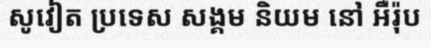
សូវៀត ប្រទេស សង្គម និយម នៅ អឺរ៉ុប